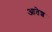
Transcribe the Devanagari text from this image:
आतेश